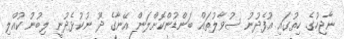
ނާޖިހުގެ ހިތުގައި އުފެދުނު ސުވާލުތައް ބަންޑުންކޮށްލަން އޭނާގެ ދޫ ނުކުޅެދުނީ ލިބުނު ކުއްލި